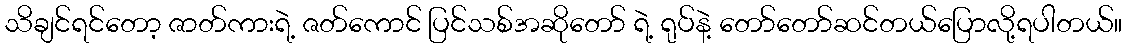
သိချင်ရင်တော့ ဇာတ်ကားရဲ့ ဇတ်ကောင် ပြင်သစ်အဆိုတော် ရဲ့ ရုပ်နဲ့ တော်တော်ဆင်တယ်ပြောလို့ရပါတယ်။